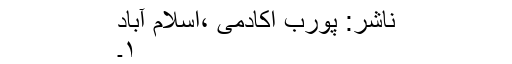
ناشر: پورب اکادمی ،اسلام آباد
۱۔